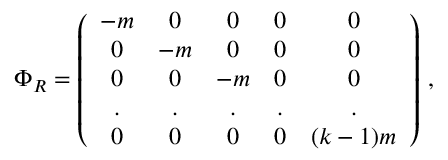
\Phi _ { R } = \left( \begin{array} { c c c c c } { { - m } } & { { 0 } } & { { 0 } } & { { 0 } } & { { 0 \nonumber } } \\ { { 0 } } & { { - m } } & { { 0 } } & { { 0 } } & { { 0 \nonumber } } \\ { { 0 } } & { { 0 } } & { { - m } } & { { 0 } } & { { 0 \nonumber } } \\ { { . } } & { { . } } & { { . } } & { { . } } & { { . \nonumber } } \\ { { 0 } } & { { 0 } } & { { 0 } } & { { 0 } } & { { ( k - 1 ) m } } \end{array} \right) \, ,